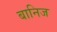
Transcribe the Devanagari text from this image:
बानिज